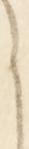
ら